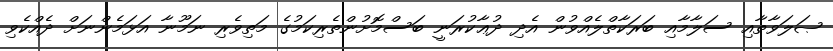
ޞަލަވާތާއި ސަލާމާއި ބަރަކާތްލެއްވުން އެދި ދުޢާކުރަނީ ބަސްމޮށުންތެރިކަމުގެ މަތިވެރި ނަމޫނާ އަޅަމެންނަށް ދެއްކެވި